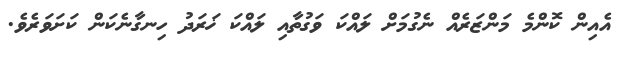
އެއިން ކޮންމެ މަންޒަރެއް ނެގުމަށް ލައްކަ ވަގުތާއި ލައްކަ ޚަރަދު ހިނގާނެކަން ކަށަވަރެވެ.